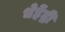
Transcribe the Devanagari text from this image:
भेहेंद्री